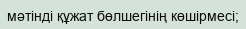
мәтінді құжат бөлшегінің көшірмесі;